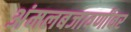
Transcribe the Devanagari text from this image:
अंमलबजावणीवर